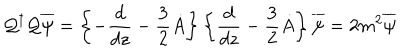
LaTeX: { \cal { Q } } ^ { \dagger } { \cal { Q } } \overline { { { \psi } } } = \left\{ - \frac { d } { d z } - \frac { 3 } { 2 } \dot { A } \right\} \left\{ \frac { d } { d z } - \frac { 3 } { 2 } \dot { A } \right\} \overline { { { \psi } } } = 2 m ^ { 2 } \overline { { { \psi } } }